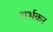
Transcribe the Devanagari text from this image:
गर्भकर